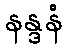
နန္ဒနံ